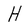
Character: H